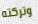
وتركته